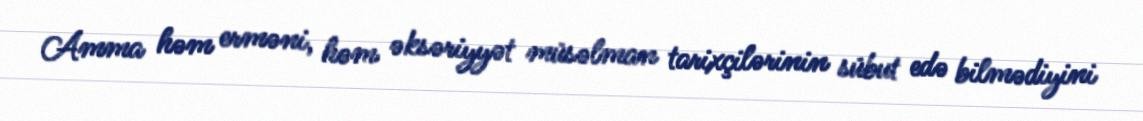
Amma həm erməni, həm əksəriyyət müsəlman tarixçilərinin sübut edə bilmədiyini